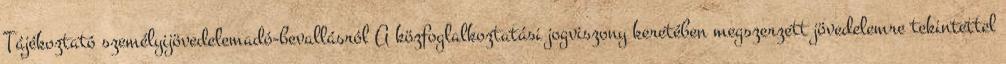
Tájékoztató személyijövedelemadó-bevallásról A közfoglalkoztatási jogviszony keretében megszerzett jövedelemre tekintettel